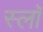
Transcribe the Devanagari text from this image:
स्लॉ